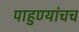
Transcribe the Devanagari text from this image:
पाहुण्यांचच